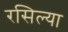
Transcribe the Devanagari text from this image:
रसिल्या